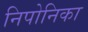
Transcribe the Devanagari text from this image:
निपोनिका